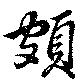
頗